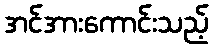
အင်အားကောင်းသည့်